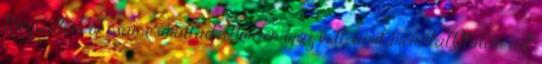
Megvallom okosan csináltad. Minden igaz volt, amit mondtál.Utálom azt